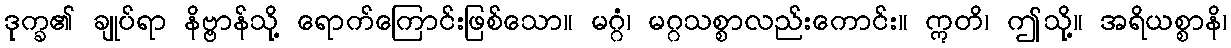
ဒုက္ခ၏ ချုပ်ရာ နိဗ္ဗာန်သို့ ရောက်ကြောင်းဖြစ်သော။ မဂ္ဂံ၊ မဂ္ဂသစ္စာလည်းကောင်း။ ဣတိ၊ ဤသို့။ အရိယစ္စာနိ၊